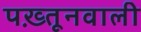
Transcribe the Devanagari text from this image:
पख़्तूनवाली